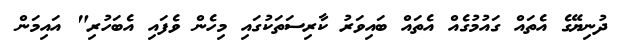
ދުނިޔޭގެ އެތައް ގައުމުގެއް އެތައް ބައިވަރު ކާރިސަތަކުގައި މިހެން ވެފައި އެބަހުރި" އަަައިމަން